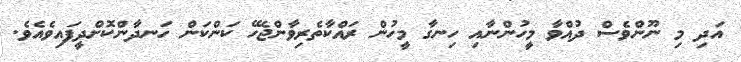
އަދި މި ނޫންވެސް ދުއްވާ މީހުންނާއި ހިނގާ މީހުން ރައްކާތެރިވާންޖެހޭ ކަންކަން ހަނދާންކޮށްދީފައިވެއެވެ.